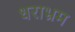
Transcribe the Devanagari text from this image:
धराभ्रम